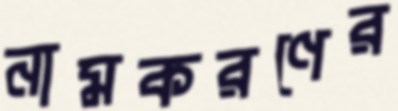
নামকরণের